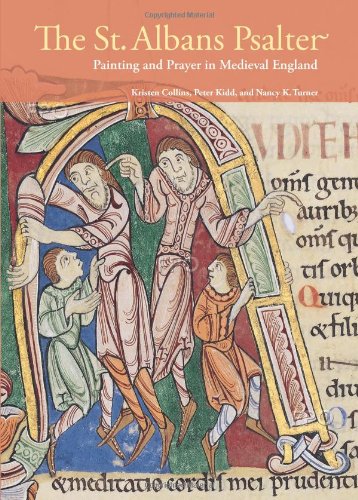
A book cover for The St. Albans Psalter: Painting and Prayer in Medieval England; Kristen Collins; Arts & Photography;